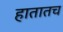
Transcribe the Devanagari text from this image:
हातातच